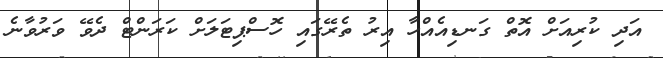
އަދި ކުރިއަށް އޮތް ގަނޑިއެއްހާ އިރު ތެރޭގައި ހޮސްޕިޓަލަށް ކަރަންޓް ދެވޭ ވަރުވާނެ